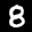
Label: 8